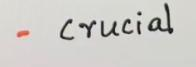
- Crucial